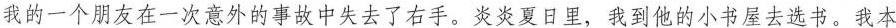
我的一个朋友在一次意外的事故中失去了右手。炎炎夏日里，我到他的小书屋去选书。我本